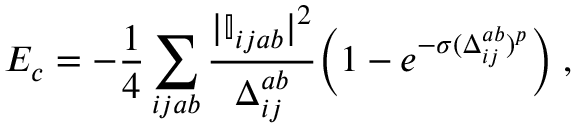
E _ { c } = - \frac { 1 } { 4 } \sum _ { i j a b } \frac { | \mathbb { I } _ { i j a b } | ^ { 2 } } { \Delta _ { i j } ^ { a b } } \Big ( 1 - e ^ { - \sigma ( \Delta _ { i j } ^ { a b } ) ^ { p } } \Big ) \; ,